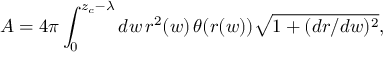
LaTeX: A = 4 \pi \int _ { 0 } ^ { z _ { c } - \lambda } d w \, r ^ { 2 } ( w ) \, \theta ( r ( w ) ) \sqrt { 1 + ( d r / d w ) ^ { 2 } } ,